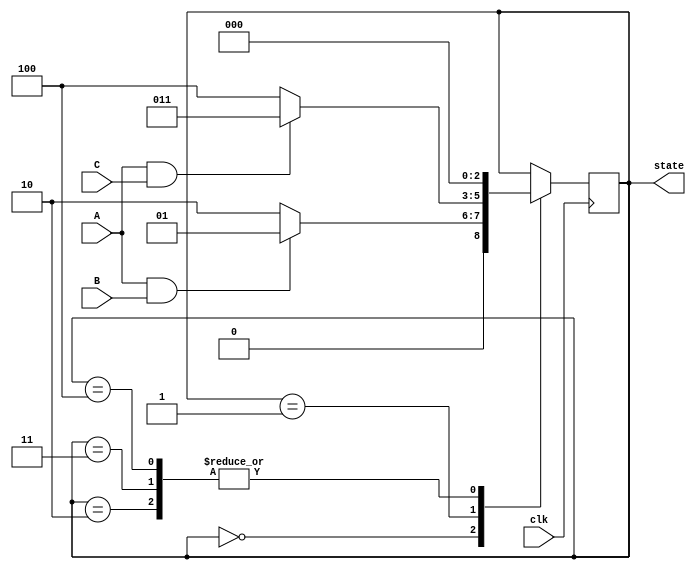
module state_machine (
    input wire A, B, C,
    input wire clk,
    output reg [2:0] state
);

// State machine encoding
parameter STATE_0 = 3'b000;
parameter STATE_1 = 3'b001;
parameter STATE_2 = 3'b010;
parameter STATE_3 = 3'b011;
parameter STATE_4 = 3'b100;

always @(posedge clk) begin
    case (state)
        STATE_0: begin
            if (A && B)
                state <= STATE_1;
            else
                state <= STATE_2;
        end
        STATE_1: begin
            if (A && C)
                state <= STATE_3;
            else
                state <= STATE_4;
        end
        STATE_2: begin
            state <= STATE_0;
        end
        STATE_3: begin
            state <= STATE_0;
        end
        STATE_4: begin
            state <= STATE_0;
        end
    endcase
end

endmodule